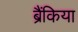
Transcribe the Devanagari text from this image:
ब्रैंकिया